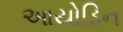
આયોડિન